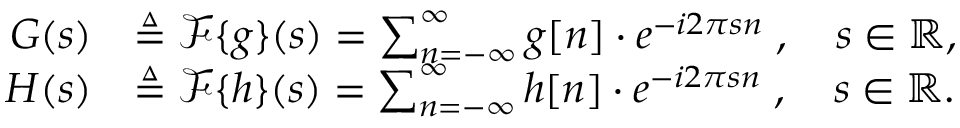
{ \begin{array} { r l } { G ( s ) } & { \triangleq { \mathcal { F } } \{ g \} ( s ) = \sum _ { n = - \infty } ^ { \infty } g [ n ] \cdot e ^ { - i 2 \pi s n } \; , \quad s \in \mathbb { R } , } \\ { H ( s ) } & { \triangleq { \mathcal { F } } \{ h \} ( s ) = \sum _ { n = - \infty } ^ { \infty } h [ n ] \cdot e ^ { - i 2 \pi s n } \; , \quad s \in \mathbb { R } . } \end{array} }